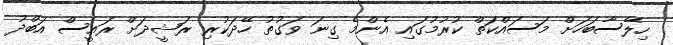
ހިލޭސާބަހަށް މަސައްކަތް ކުރުމުގައި އެންމެ ގިނަ ވަގުތު ހޭދަކުރި ރަޝީދަށް ރައީސް އަބްދު